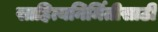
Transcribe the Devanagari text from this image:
साहित्यनिर्मितीसाठी